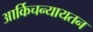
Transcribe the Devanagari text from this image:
आर्किचन्यायतन